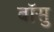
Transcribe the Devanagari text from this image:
बॉसु